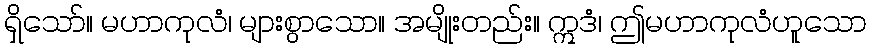
ရှိသော်။ မဟာကုလံ၊ များစွာသော။ အမျိုးတည်း။ ဣဒံ၊ ဤမဟာကုလံဟူသော